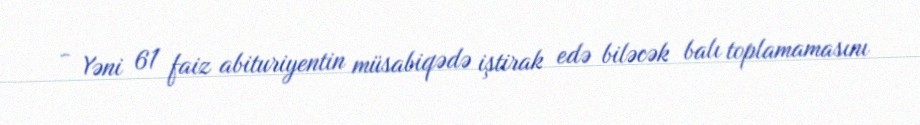
- Yəni 61 faiz abituriyentin müsabiqədə iştirak edə biləcək balı toplamamasını